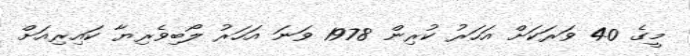
މީގެ 40 ވަރަކަށް އަހަރު ކުރިން 1978 ވަނަ އަހަރު ލޯބިވެރިޔާ ކައިރިއަށް